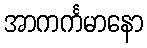
အာကင်္ကမာနော